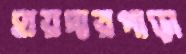
হায়দারপাড়া